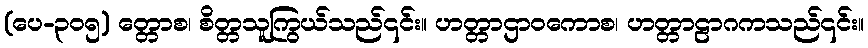
(ပေ-၃၀၅) တ္တောစ၊ စိတ္တသူကြွယ်သည်၎င်း။ ဟတ္တာဌာဝကောစ၊ ဟတ္တာဠာဂကသည်၎င်း။